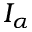
I _ { \alpha }